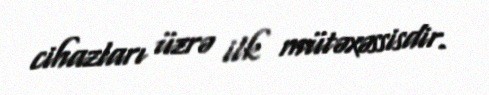
cihazları üzrə ilk mütəxəssisdir.